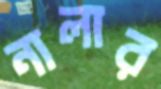
নালার